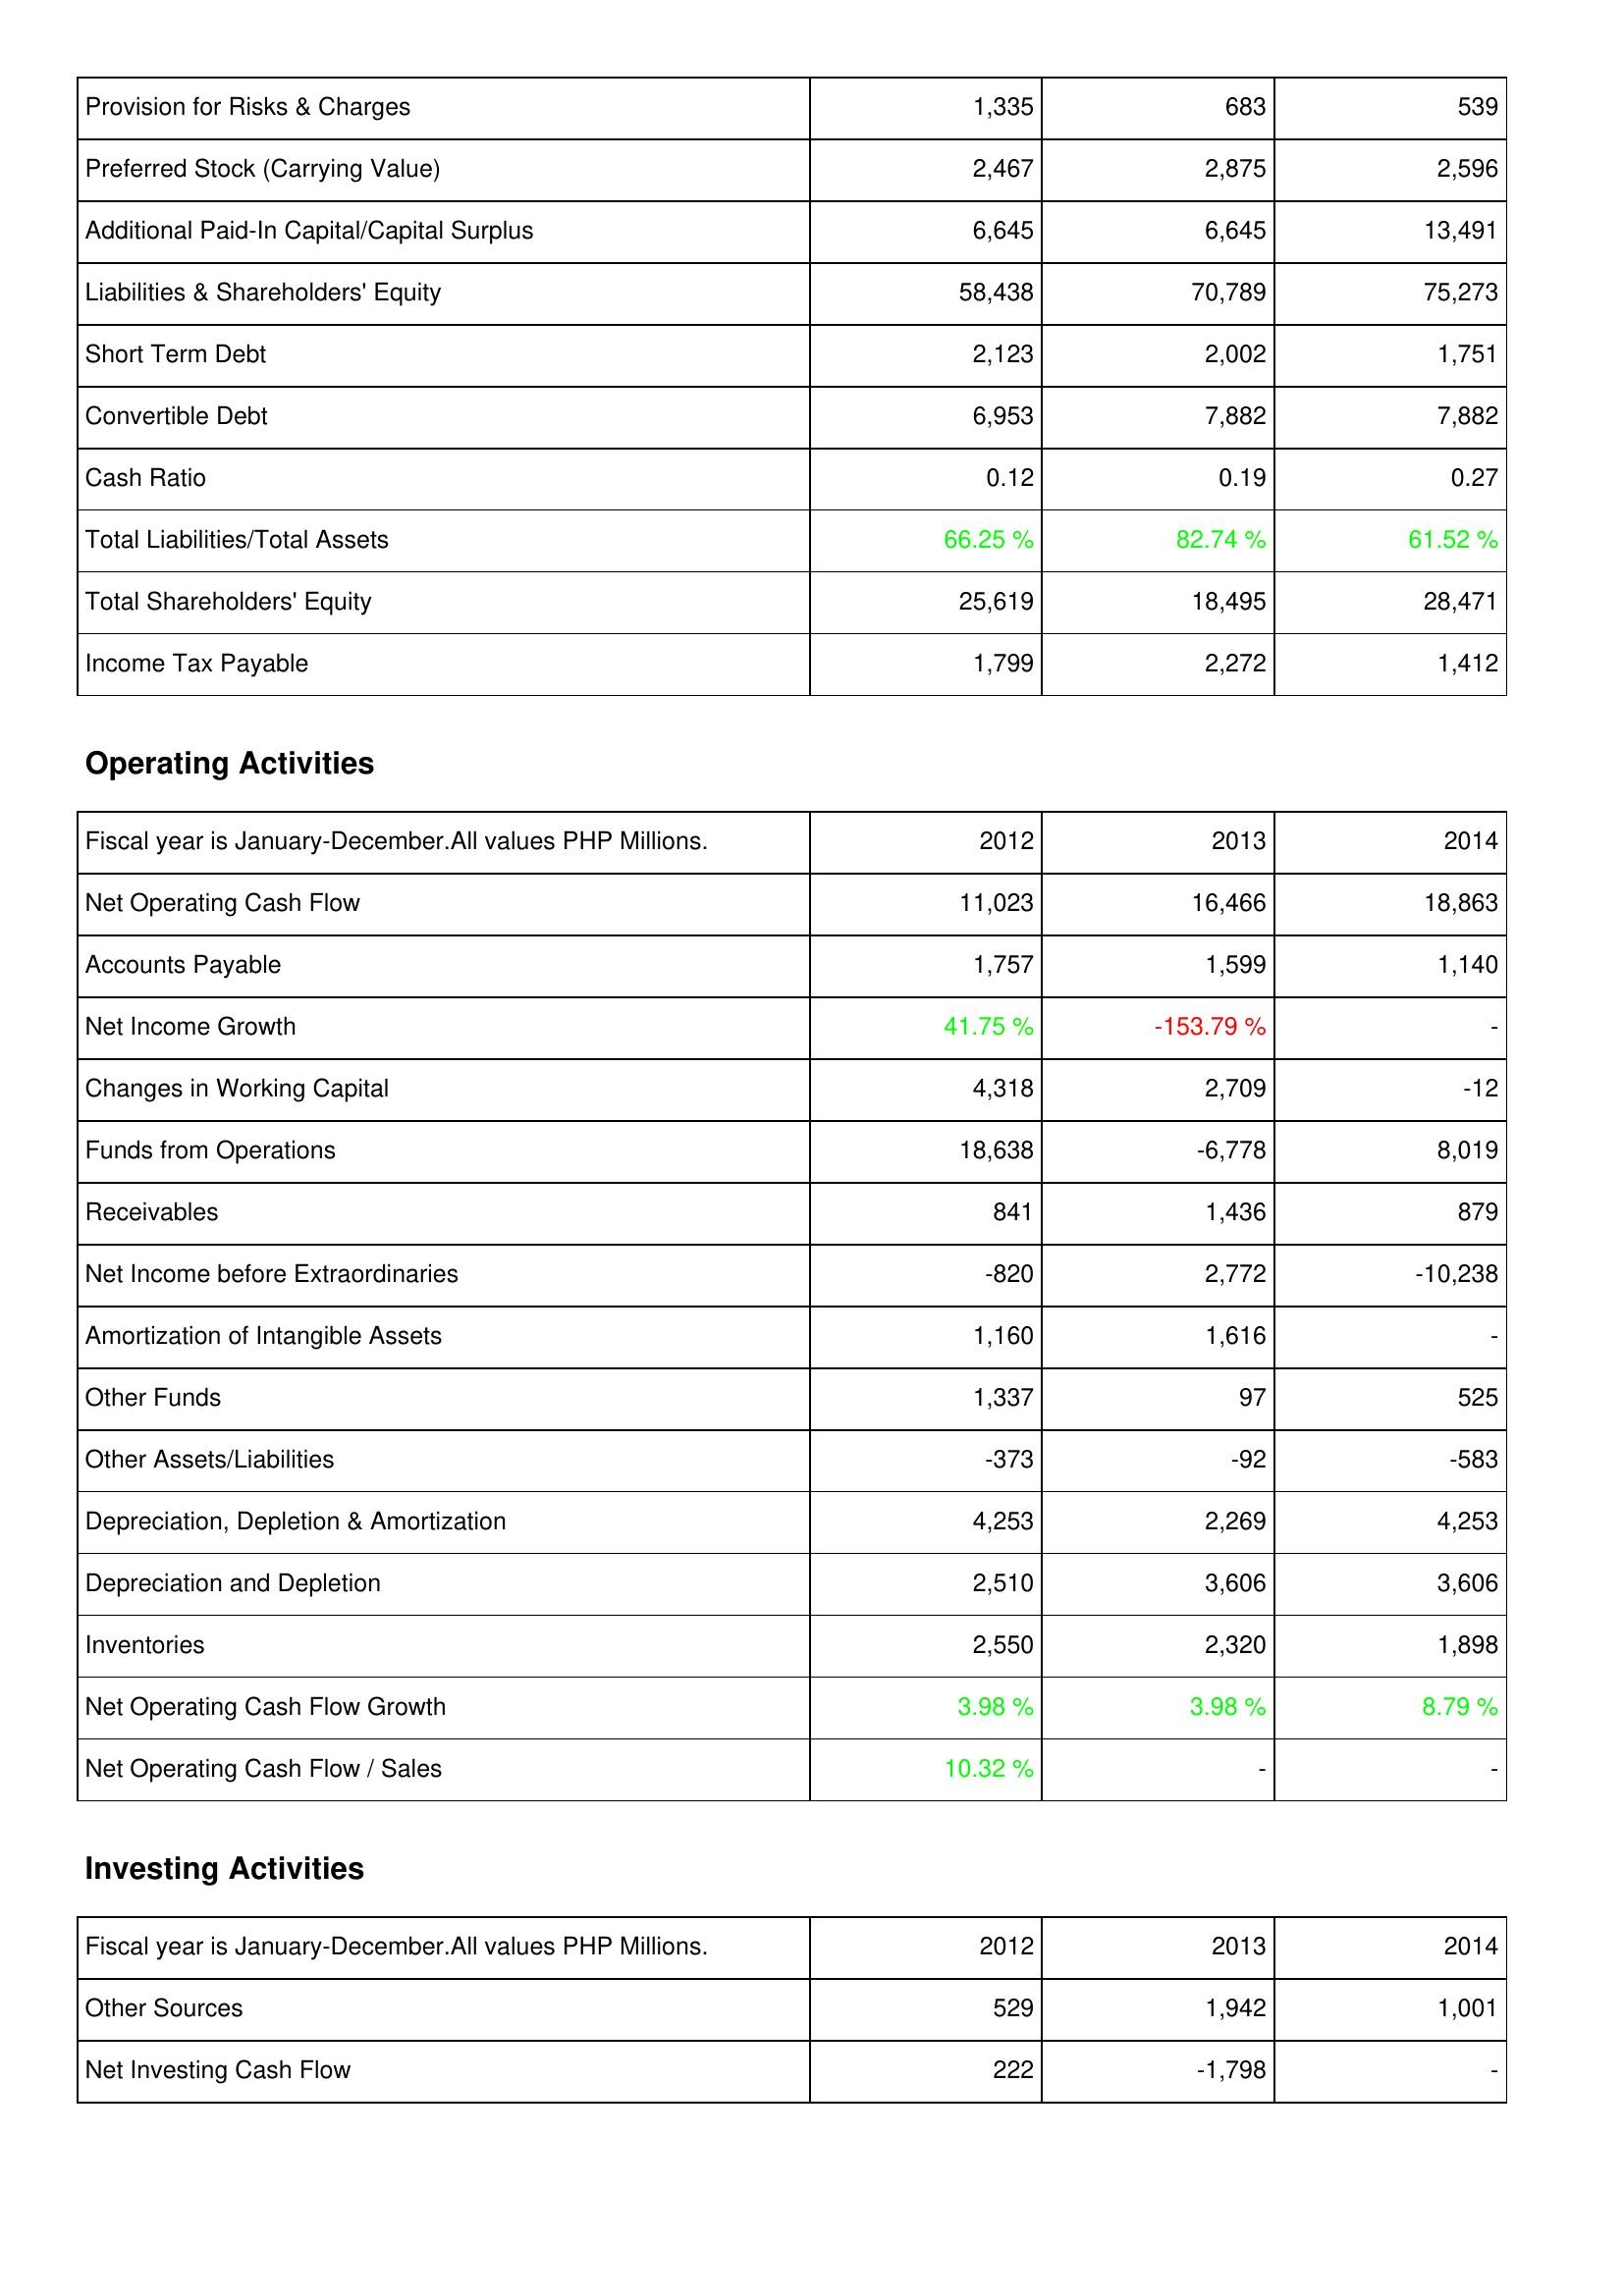
2012: Liabilities & Shareholders' Equity: Provision for Risks & Charges: 1,335
Preferred Stock (Carrying Value): 2,467
Additional Paid-In Capital/Capital Surplus: 6,645
Liabilities & Shareholders' Equity: 58,438
Short Term Debt: 2,123
Convertible Debt: 6,953
Cash Ratio: 0.12
Total Liabilities/Total Assets: 66.25 %
Total Shareholders' Equity: 25,619
Income Tax Payable: 1,799
Operating Activities: Net Operating Cash Flow: 11,023
Accounts Payable: 1,757
Net Income Growth: 41.75 %
Changes in Working Capital: 4,318
Funds from Operations: 18,638
Receivables: 841
Net Income before Extraordinaries: -820
Amortization of Intangible Assets: 1,160
Other Funds: 1,337
Other Assets/Liabilities: -373
Depreciation, Depletion & Amortization: 4,253
Depreciation and Depletion: 2,510
Inventories: 2,550
Net Operating Cash Flow Growth: 3.98 %
Net Operating Cash Flow / Sales: 10.32 %
Investing Activities: Other Sources: 529
Net Investing Cash Flow: 222
2013: Liabilities & Shareholders' Equity: Provision for Risks & Charges: 683
Preferred Stock (Carrying Value): 2,875
Additional Paid-In Capital/Capital Surplus: 6,645
Liabilities & Shareholders' Equity: 70,789
Short Term Debt: 2,002
Convertible Debt: 7,882
Cash Ratio: 0.19
Total Liabilities/Total Assets: 82.74 %
Total Shareholders' Equity: 18,495
Income Tax Payable: 2,272
Operating Activities: Net Operating Cash Flow: 16,466
Accounts Payable: 1,599
Net Income Growth: -153.79 %
Changes in Working Capital: 2,709
Funds from Operations: -6,778
Receivables: 1,436
Net Income before Extraordinaries: 2,772
Amortization of Intangible Assets: 1,616
Other Funds: 97
Other Assets/Liabilities: -92
Depreciation, Depletion & Amortization: 2,269
Depreciation and Depletion: 3,606
Inventories: 2,320
Net Operating Cash Flow Growth: 3.98 %
Net Operating Cash Flow / Sales: -
Investing Activities: Other Sources: 1,942
Net Investing Cash Flow: -1,798
2014: Liabilities & Shareholders' Equity: Provision for Risks & Charges: 539
Preferred Stock (Carrying Value): 2,596
Additional Paid-In Capital/Capital Surplus: 13,491
Liabilities & Shareholders' Equity: 75,273
Short Term Debt: 1,751
Convertible Debt: 7,882
Cash Ratio: 0.27
Total Liabilities/Total Assets: 61.52 %
Total Shareholders' Equity: 28,471
Income Tax Payable: 1,412
Operating Activities: Net Operating Cash Flow: 18,863
Accounts Payable: 1,140
Net Income Growth: -
Changes in Working Capital: -12
Funds from Operations: 8,019
Receivables: 879
Net Income before Extraordinaries: -10,238
Amortization of Intangible Assets: -
Other Funds: 525
Other Assets/Liabilities: -583
Depreciation, Depletion & Amortization: 4,253
Depreciation and Depletion: 3,606
Inventories: 1,898
Net Operating Cash Flow Growth: 8.79 %
Net Operating Cash Flow / Sales: -
Investing Activities: Other Sources: 1,001
Net Investing Cash Flow: -